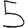
Digit: 5